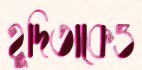
হূদিতাকেও